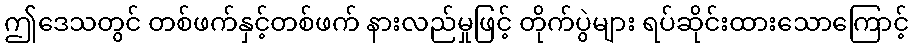
ဤဒေသတွင် တစ်ဖက်နှင့်တစ်ဖက် နားလည်မှုဖြင့် တိုက်ပွဲများ ရပ်ဆိုင်းထားသောကြောင့်